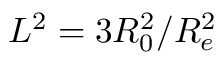
L ^ { 2 } = 3 R _ { 0 } ^ { 2 } / R _ { e } ^ { 2 }